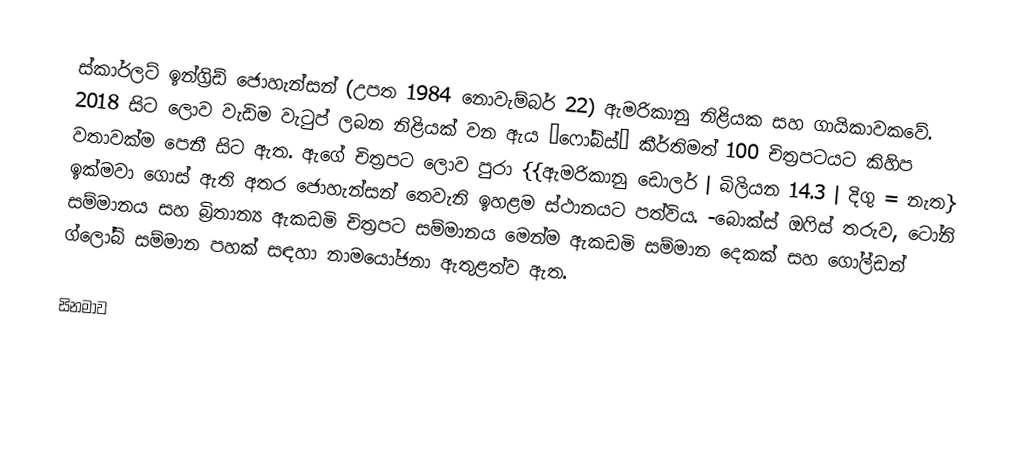
ස්කාර්ලට් ඉන්ග්‍රිඩ් ජොහැන්සන් (උපත 1984 නොවැම්බර් 22) ඇමරිකානු නිළියක සහ ගායිකාවකවේ. 2018 සිට ලොව වැඩිම වැටුප් ලබන නිළියක් වන ඇය “ෆෝබ්ස්” කීර්තිමත් 100 චිත්‍රපටයට කිහිප වතාවක්ම පෙනී සිට ඇත. ඇගේ චිත්‍රපට ලොව පුරා {{ඇමරිකානු ඩොලර් | බිලියන 14.3 | දිගු = නැත} ඉක්මවා ගොස් ඇති අතර ජොහැන්සන් තෙවැනි ඉහළම ස්ථානයට පත්විය. -බොක්ස් ඔෆිස් තරුව, ටෝනි සම්මානය සහ බ්‍රිතාන්‍ය ඇකඩමි චිත්‍රපට සම්මානය මෙන්ම ඇකඩමි සම්මාන දෙකක් සහ ගෝල්ඩන් ග්ලෝබ් සම්මාන පහක් සඳහා නාමයෝජනා ඇතුළත්ව ඇත.

සිනමාව